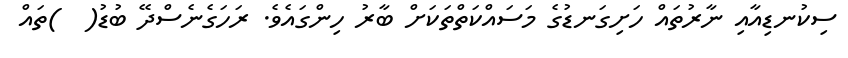
ސިކުނޑިއާއި ނާރުތައް ހަށިގަނޑުގެ މަސައްކަތްތަކަށް ބާރު ހިންގައެވެ. ރަހަގެނެސްދޭ ބުޑު(  )ތައް